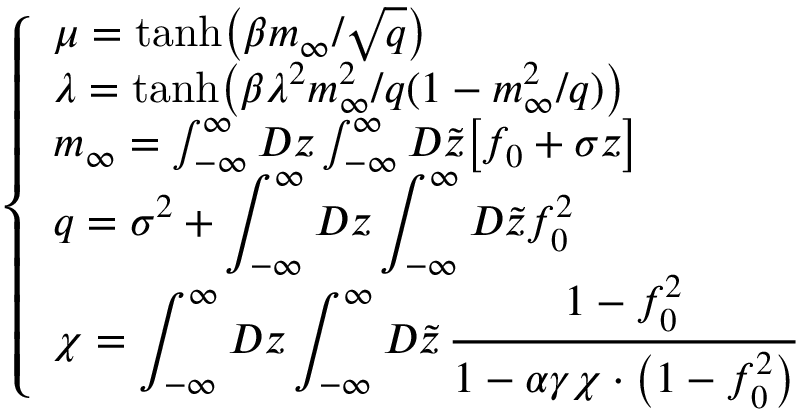
\left\{ \begin{array} { l } { \displaystyle \mu = \mathrm { t a n h } \big ( \beta m _ { \infty } / \sqrt { q } \big ) } \\ { \lambda = \mathrm { t a n h } \big ( \beta \lambda ^ { 2 } m _ { \infty } ^ { 2 } / q ( 1 - m _ { \infty } ^ { 2 } / q ) \big ) } \\ { m _ { \infty } = \int _ { - \infty } ^ { \infty } D z \int _ { - \infty } ^ { \infty } D \tilde { z } \big [ f _ { 0 } + \sigma z \big ] } \\ { \displaystyle q = \sigma ^ { 2 } + \int _ { - \infty } ^ { \infty } D z \int _ { - \infty } ^ { \infty } D \tilde { z } f _ { 0 } ^ { 2 } } \\ { \chi = \displaystyle \int _ { - \infty } ^ { \infty } D z \int _ { - \infty } ^ { \infty } D \tilde { z } \, \frac { 1 - f _ { 0 } ^ { 2 } } { 1 - \alpha \gamma \chi \cdot \big ( 1 - f _ { 0 } ^ { 2 } \big ) } } \end{array} \right. \,